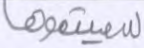
سميتموها